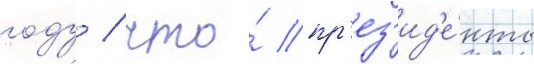
году / что́ пр'ез'ид'е́нты